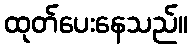
ထုတ်ပေးနေသည်။